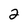
Character: 2